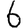
Digit: 6